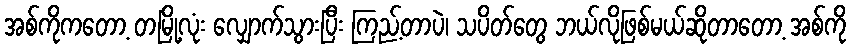
အစ်ကိုကတော့ တမြို့လုံး လျှောက်သွားပြီး ကြည့်တာပဲ၊ သပိတ်တွေ ဘယ်လိုဖြစ်မယ်ဆိုတာတော့ အစ်ကို